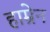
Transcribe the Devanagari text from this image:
हाम्रेन